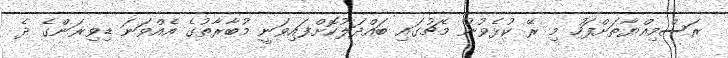
ރަސްމިއްޔާތަށްފަހު މި ރޭ ކުޅެވުނު މެޗުގައި ބައްދަލުކޮށްފައިވަނީ މުބާރާތުގެ އެއްވަނަ ޑިވިޜަންގެ ދެ